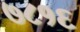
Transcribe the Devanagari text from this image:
७८१६